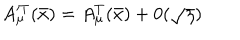
A _ { \mu } ^ { \prime T } ( \bar { x } ) = A _ { \mu } ^ { T } ( \bar { x } ) + 0 ( \sqrt { \eta } )